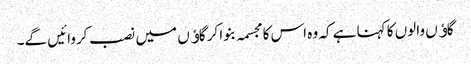
گاﺅں والوں کا کہنا ہے کہ وہ اس کا مجسمہ بنوا کر گاﺅں میں نصب کروائیں گے۔